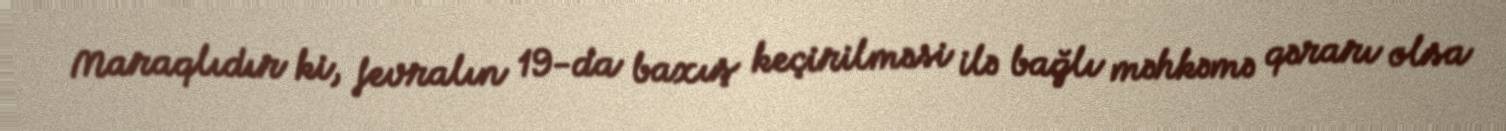
Maraqlıdır ki, fevralın 19-da baxış keçirilməsi ilə bağlı məhkəmə qərarı olsa